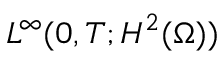
L ^ { \infty } ( 0 , T ; H ^ { 2 } ( \Omega ) )